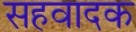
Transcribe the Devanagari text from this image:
सहवादक